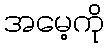
အမေ့ကို